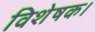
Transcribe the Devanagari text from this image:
विशेषक।